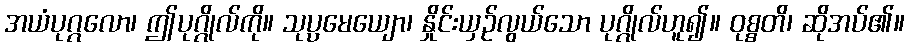
အယံပုဂ္ဂလော၊ ဤပုဂ္ဂိုလ်ကို။ သုပ္ပမေယျော၊ နှိုင်းယှဉ်လွယ်သော ပုဂ္ဂိုလ်ဟူ၍။ ဝုစ္စတိ၊ ဆိုအပ်၏။